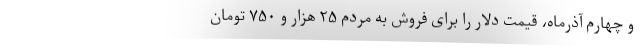
و چهارم آذرماه، قیمت دلار را برای فروش به مردم ۲۵ هزار و ۷۵۰ تومان